Report of the Indian Hemp Drugs Commission, 1894-1895 - Volume I
Year: 1894
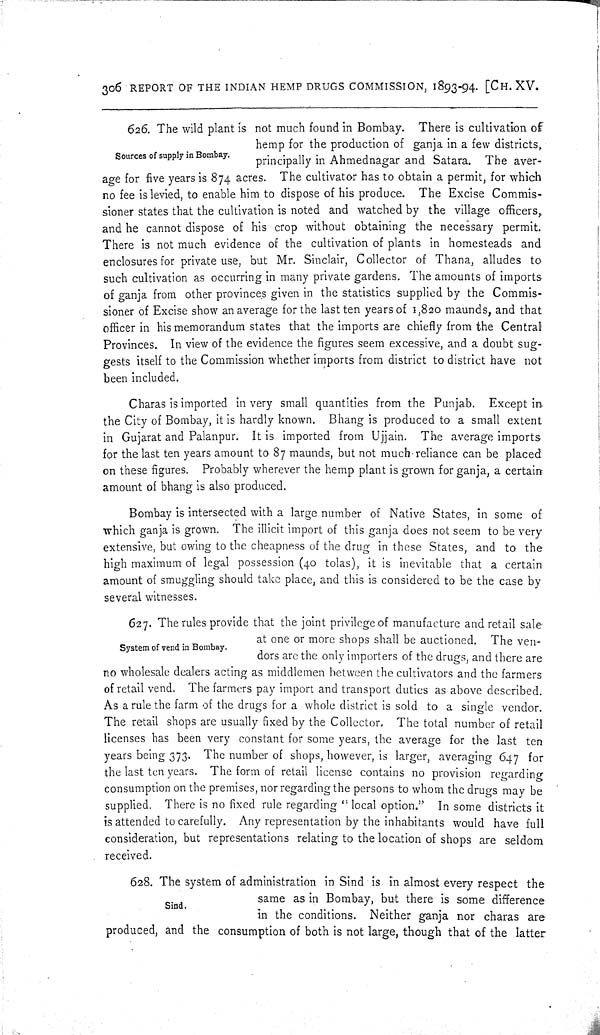
306 REPORT OF THE INDIAN HEMP DRUGS COMMISSION, 1893-94. [CH. XV.
Sources of supply in Bombay.
626. The wild plant is not much found in Bombay. There is cultivation of
hemp for the production of ganja in a few districts,
principally in Ahmednagar and Satara. The aver-
age for five years is 874 acres. The cultivator has to obtain a permit, for which
no fee is levied, to enable him to dispose of his produce. The Excise Commis-
sioner states that the cultivation is noted and watched by the village officers,
and he cannot dispose of his crop without obtaining the necessary permit.
There is not much evidence of the cultivation of plants in homesteads and
enclosures for private use, but Mr. Sinclair, Collector of Thana, alludes to
such cultivation as occurring in many private gardens. The amounts of imports
of ganja from other provinces given in the statistics supplied by the Commis-
sioner of Excise show an average for the last ten years of 1,820 maunds, and that
officer in his memorandum states that the imports are chiefly from the Central
Provinces. In view of the evidence the figures seem excessive, and a doubt sug-
gests itself to the Commission whether imports from district to district have not
been included.
Charas is imported in very small quantities from the Punjab. Except in
the City of Bombay, it is hardly known. Bhang is produced to a small extent
in Gujarat and Palanpur. It is imported from Ujjain. The average imports
for the last ten years amount to 87 maunds, but not much reliance can be placed
on these figures. Probably wherever the hemp plant is grown for ganja, a certain
amount of bhang is also produced.
Bombay is intersected with a large number of Native States, in some of
which ganja is grown. The illicit import of this ganja does not seem to be very
extensive, but owing to the cheapness of the drug in these States, and to the
high maximum of legal possession (40 tolas), it is inevitable that a certain
amount of smuggling should take place, and this is considered to be the case by
several witnesses.
System of vend in Bombay.
627. The rules provide that the joint privilege of manufacture and retail sale
at one or more shops shall be auctioned. The ven-
dors are the only importers of the drugs, and there are
no wholesale dealers acting as middlemen between the cultivators and the farmers
of retail vend. The farmers pay import and transport duties as above described.
As a rule the farm of the drugs for a whole district is sold to a single vendor.
The retail shops are usually fixed by the Collector. The total number of retail
licenses has been very constant for some years, the average for the last ten
years being 373. The number of shops, however, is larger, averaging 647 for
the last ten years. The form of retail license contains no provision regarding
consumption on the premises, nor regarding the persons to whom the drugs may be
supplied. There is no fixed rule regarding "local option." In some districts it
is attended to carefully. Any representation by the inhabitants would have full
consideration, but representations relating to the location of shops are seldom
received.
Sind.
628. The system of administration in Sind is in almost every respect the
same as in Bombay, but there is some difference
in the conditions. Neither ganja nor charas are
produced, and the consumption of both is not large, though that of the latter